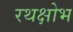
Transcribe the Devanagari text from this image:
रथक्षोभ